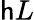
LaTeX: \mathsf{h}L